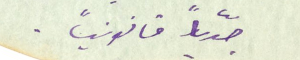
جدّياً قانونياً.